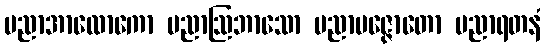
ပညာအာလောကော ပညာဩဘာသော ပညာပဇ္ဇောတော ပညာရတနံ